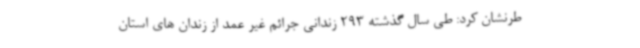
طرنشان کرد: طی سال گذشته 293 زندانی جرائم غیر عمد از زندان های استان